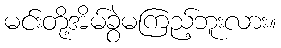
မင်းတို့အိမ်ခွဲမကြည့်ဘူးလား။